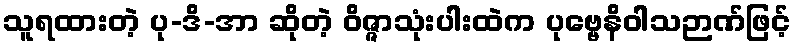
သူရထားတဲ့ ပု-ဒိ-အာ ဆိုတဲ့ ဝိဇ္ဇာသုံးပါးထဲက ပုဗ္ဗေနိဝါသဉာဏ်ဖြင့်